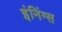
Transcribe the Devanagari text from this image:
इंनिंग्स